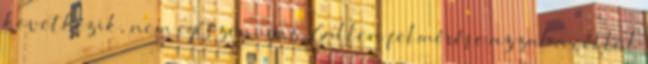
következik, nem egészen igaz. Gallen felmérése azzal a céllal